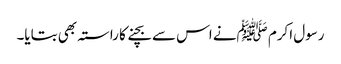
رسول اکرم ﷺنے اس سے بچنے کا راستہ بھی بتایا۔